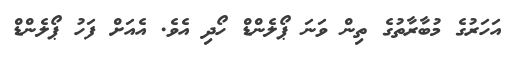
އަހަރުގެ މުބާރާތުގެ ތިން ވަނަ ޕޯލެންޑް ހޯދި އެވެ. އެއަށް ފަހު ޕޯލެންޑް